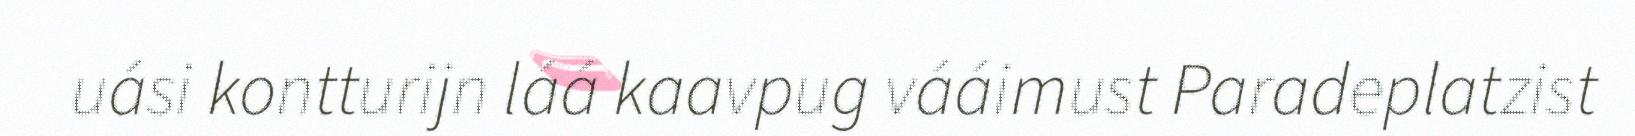
uási kontturijn láá kaavpug vááimust Paradeplatzist